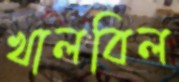
খালবিল